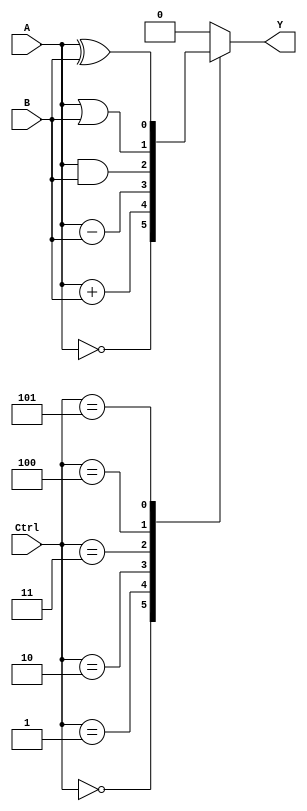
module ALU(input wire A, input wire B, input wire [2:0] Ctrl, output wire Y);

  wire sum, diff, and_out, or_out, xor_out;
  
  // Adder
  assign sum = A + B;
  
  // Subtractor
  assign diff = A - B;
  
  // AND gate
  assign and_out = A & B;
  
  // OR gate
  assign or_out = A | B;
  
  // XOR gate
  assign xor_out = A ^ B;
  
  // Select output based on Ctrl signal
  always @ (Ctrl)
  begin
    case(Ctrl)
      3'b000: Y = ~A; // NOT operation
      3'b001: Y = sum; // Addition operation
      3'b010: Y = diff; // Subtraction operation
      3'b011: Y = and_out; // AND operation
      3'b100: Y = or_out; // OR operation
      3'b101: Y = xor_out; // XOR operation
      default: Y = 1'b0; // Default to 0 output
    endcase
  end
  
endmodule